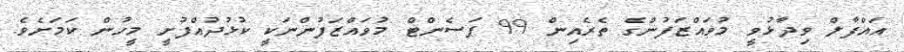
އައްފާލް ވިދާޅުވީ މުވައްޒަފުންގެ ތެރެއިން 99 ޕަސެންޓް މުވައްޒަފުންނަކީ ކުޅުދުއްފުށީ މީހުން ކަމަށެވެ.